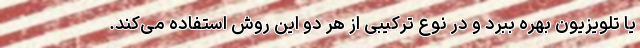
یا تلویزیون بهره ببرد و در نوع ترکیبی از هر دو این روش استفاده می‌کند.